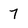
Character: 7